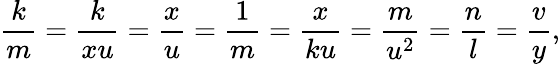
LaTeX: \frac km=\frac k{xu}=\frac xu=\frac 1m=\frac x{ku}=\frac m{u^{2}}=\frac nl=\frac vy,